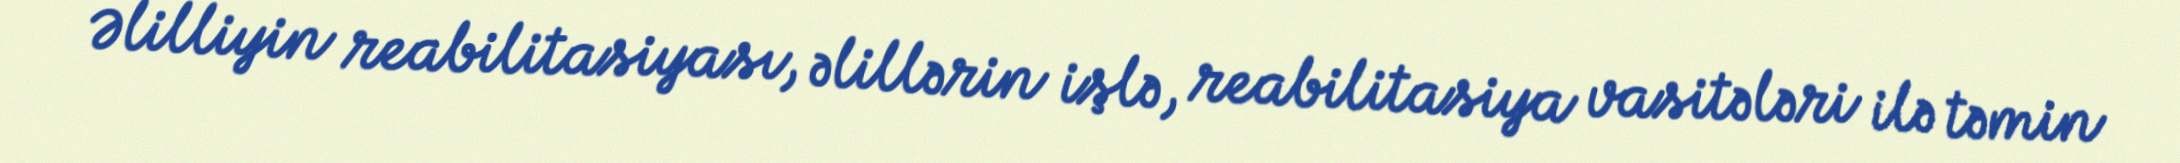
Əlilliyin reabilitasiyası, əlillərin işlə, reabilitasiya vasitələri ilə təmin